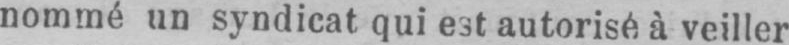
nommé un syndicat qui est autorisé à veiller